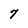
Character: 7